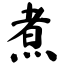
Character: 煮